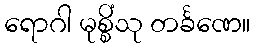
ရောဂါ မုစ္စိံသု တင်္ခဏေ။